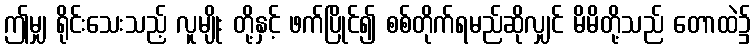
ဤမျှ ရိုင်းသေးသည့် လူမျိုး တို့နှင့် ဖက်ပြိုင်၍ စစ်တိုက်ရမည်ဆိုလျှင် မိမိတို့သည် တောထဲ၌